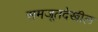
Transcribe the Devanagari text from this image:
समजूतदेखील